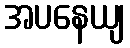
အပနေယျ